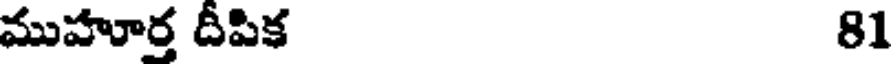
ముహూర్త దీపిక 81